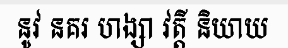
នូវ នគរ ហង្សា វត្តី និយាយ